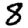
Digit: 8